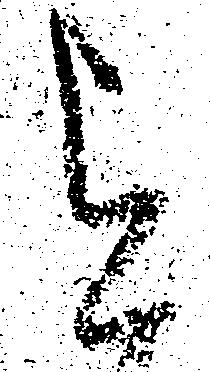
を